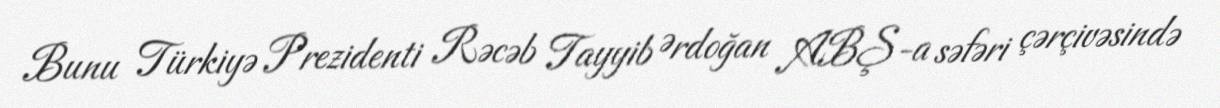
Bunu Türkiyə Prezidenti Rəcəb Tayyib Ərdoğan ABŞ-a səfəri çərçivəsində